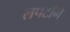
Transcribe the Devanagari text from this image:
लपटाँने